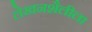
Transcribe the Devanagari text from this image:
लेखनशैलीला